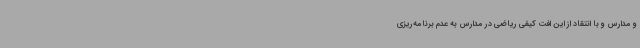
و مدارس و با انتقاد از این افت کیفی ریاضی در مدارس به عدم برنامه‌ریزی